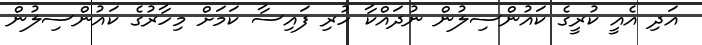
އަދި އެއީ ކުރީގެ ކައުންސިލުން ނުދައްކާ ހުރި ފައިސާ ކަމަށް މިހާރުގެ ކައުންސިލުން